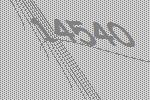
14540